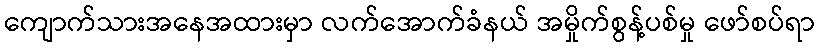
ကျောက်သားအနေအထားမှာ လက်အောက်ခံနယ် အမှိုက်စွန့်ပစ်မှု ဖော်စပ်ရာ